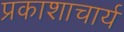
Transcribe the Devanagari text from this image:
प्रकाशाचार्य